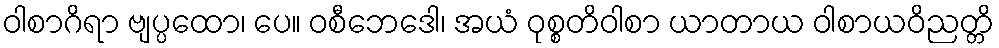
ဝါစာဂိရာ ဗျပ္ပထော၊ ပေ။ ဝစီဘေဒေါ၊ အယံ ဝုစ္စတိဝါစာ ယာတာယ ဝါစာယဝိညတ္တိ